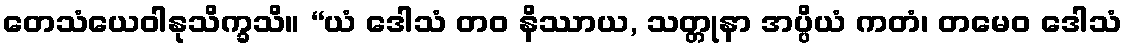
တေသံယေဝါနုသိက္ခသိ။ “ယံ ဒေါသံ တဝ နိဿာယ, သတ္တုနာ အပ္ပိယံ ကတံ၊ တမေဝ ဒေါသံ